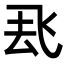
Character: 𮨶